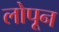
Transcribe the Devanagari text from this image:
लोपून